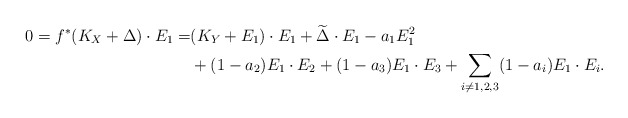
\begin{align*}0 = f^* (K_X + \Delta) \cdot E_1= &(K_Y + E_1) \cdot E_1 + \widetilde{\Delta} \cdot E_1 - a_1 E_1 ^2 \\ &+ (1 - a_2) E_1 \cdot E_2 + (1 - a_3) E_1 \cdot E_3 + \sum _{i \not = 1, 2, 3} (1- a_i) E_1 \cdot E_i. \end{align*}